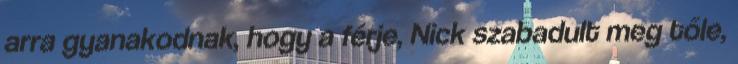
arra gyanakodnak, hogy a férje, Nick szabadult meg tőle,